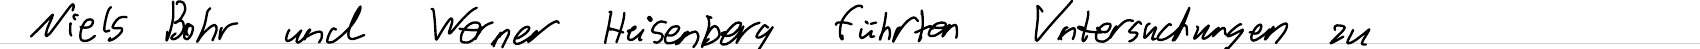
Niels Bohr und Werner Heisenberg führten Untersuchungen zu